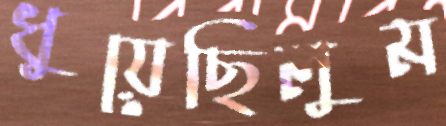
ধুয়েছিলুম